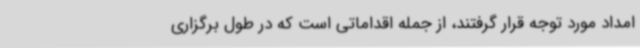
امداد مورد توجه قرار گرفتند، از جمله اقداماتی است که در طول برگزاری